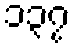
၁၃၇